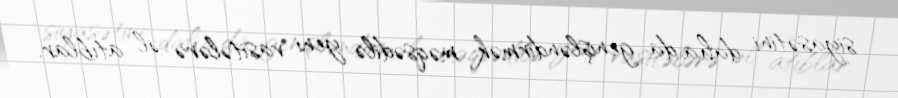
siyasətini daha da genişləndirmək məqsədilə yeni vasitələrə əl atıblar.